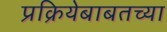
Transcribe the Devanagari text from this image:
प्रक्रियेबाबतच्या